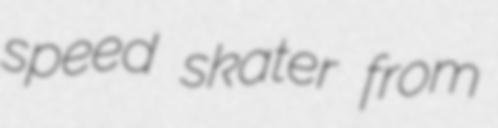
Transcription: speed skater from